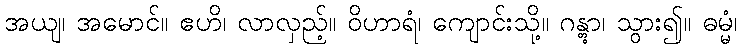
အယျ၊ အမောင်။ ဧဟိ၊ လာလှည့်။ ဝိဟာရံ၊ ကျောင်းသို့။ ဂန္တွာ၊ သွား၍။ ဓမ္မံ၊